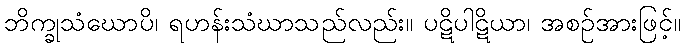
ဘိက္ခုသံဃောပိ၊ ရဟန်းသံဃာသည်လည်း။ ပဋိပါဋိယာ၊ အစဉ်အားဖြင့်။